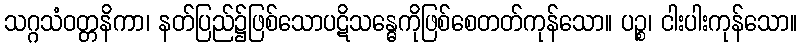
သဂ္ဂသံဝတ္တနိကာ၊ နတ်ပြည်၌ဖြစ်သောပဋိသန္ဓေကိုဖြစ်စေတတ်ကုန်သော။ ပဉ္စ၊ ငါးပါးကုန်သော။